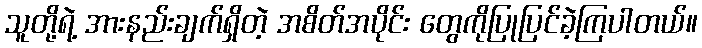
သူတို့ရဲ့ အားနည်းချက်ရှိတဲ့ အစိတ်အပိုင်း တွေကိုပြုပြင်ခဲ့ကြပါတယ်။